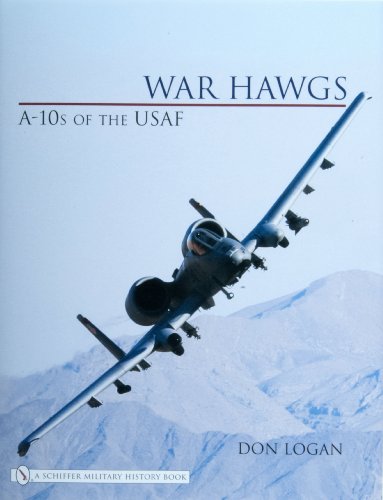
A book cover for War Hawgs: A-10s of the Usaf; Don Logan; Arts & Photography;